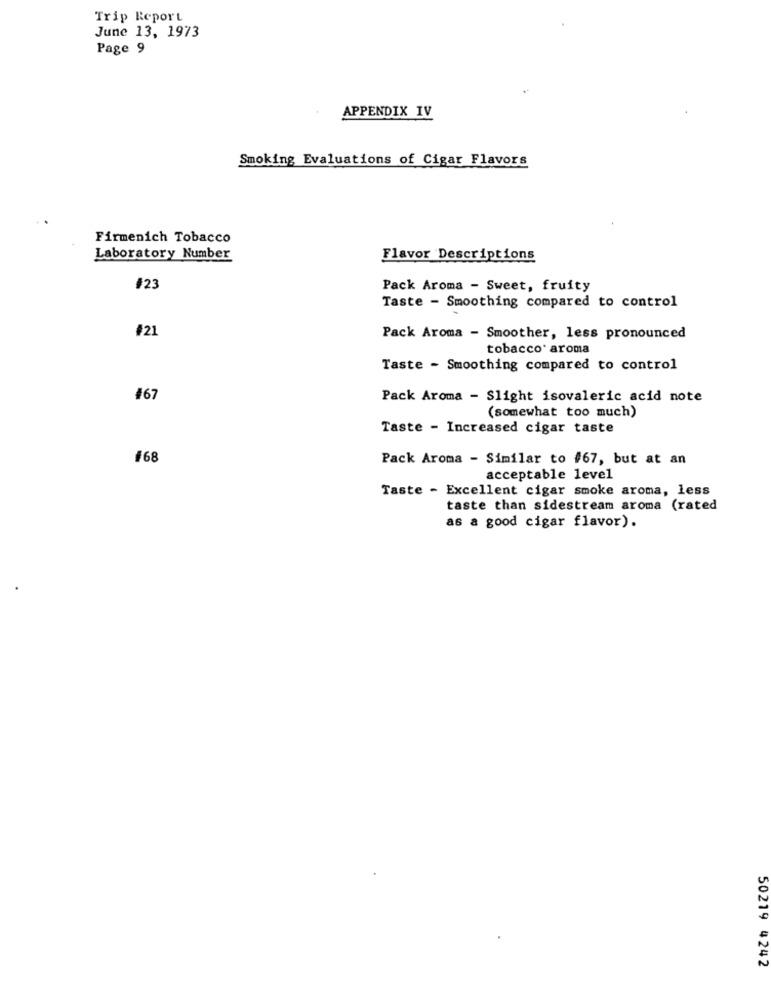
Trip Report
June 13, 1973
Page 9
APPENDIX IV
Smoking Evaluations of Cigar Flavors
Firmenich Tobacco
Laboratory Number
Flavor Descriptions
#23
Pack Aroma - Sweet, fruity
Taste - Smoothing compared to control
#21
Pack Aroma - Smoother, less pronounced
tobacco* aroma
Taste - Smoothing compared to control
#67
Pack Aroma - Slight isovaleric acid note
(somewhat too much)
Taste - Increased cigar taste
#68
Pack Aroma - Similar to #67, but at an
acceptable level
Taste - Excellent cigar smoke aroma, less
taste than sidestream aroma (rated
as a good cigar flavor).
50219 4242